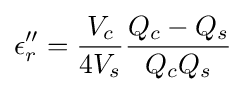
\epsilon _{r}''={\frac {V_{c}}{4V_{s}}}{\frac {Q_{c}-Q_{s}}{Q_{c}Q_{s}}}